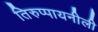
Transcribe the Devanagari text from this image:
तिरुप्पायनीली